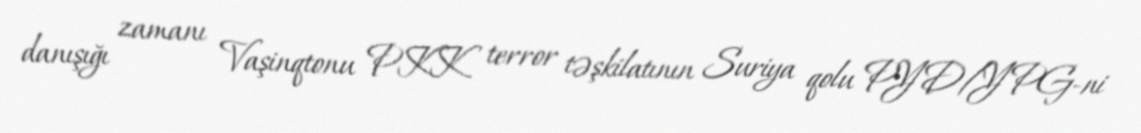
danışığı zamanı Vaşinqtonu PKK terror təşkilatının Suriya qolu PYD/YPG-ni